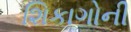
શિકાગોની